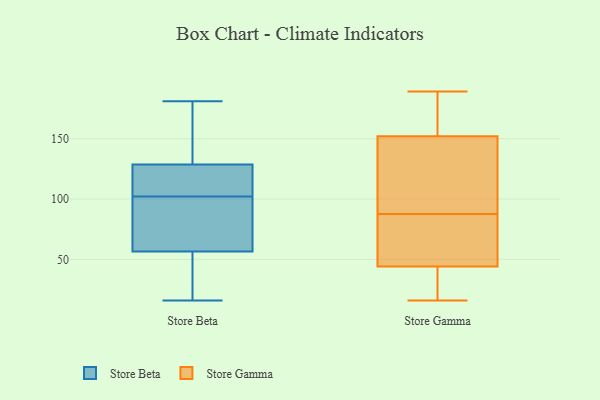
{"axis": {"x": "LTV (USD)", "y": "Value"}, "legend": ["Store Beta", "Store Gamma"], "data": [{"x": "", "y": 178, "type": "Store Beta"}, {"x": "", "y": 115, "type": "Store Beta"}, {"x": "", "y": 92, "type": "Store Beta"}, {"x": "", "y": 50, "type": "Store Beta"}, {"x": "", "y": 102, "type": "Store Beta"}, {"x": "", "y": 111, "type": "Store Beta"}, {"x": "", "y": 133, "type": "Store Beta"}, {"x": "", "y": 41, "type": "Store Beta"}, {"x": "", "y": 76, "type": "Store Beta"}, {"x": "", "y": 181, "type": "Store Beta"}, {"x": "", "y": 16, "type": "Store Beta"}, {"x": "", "y": 189, "type": "Store Gamma"}, {"x": "", "y": 88, "type": "Store Gamma"}, {"x": "", "y": 152, "type": "Store Gamma"}, {"x": "", "y": 185, "type": "Store Gamma"}, {"x": "", "y": 165, "type": "Store Gamma"}, {"x": "", "y": 16, "type": "Store Gamma"}, {"x": "", "y": 25, "type": "Store Gamma"}, {"x": "", "y": 76, "type": "Store Gamma"}, {"x": "", "y": 87, "type": "Store Gamma"}, {"x": "", "y": 40, "type": "Store Gamma"}, {"x": "", "y": 88, "type": "Store Gamma"}, {"x": "", "y": 44, "type": "Store Gamma"}, {"x": "", "y": 138, "type": "Store Gamma"}, {"x": "", "y": 53, "type": "Store Gamma"}, {"x": "", "y": 143, "type": "Store Gamma"}, {"x": "", "y": 162, "type": "Store Gamma"}, {"x": "", "y": 44, "type": "Store Gamma"}, {"x": "", "y": 65, "type": "Store Gamma"}]}